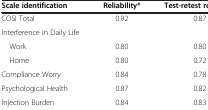
| Scale identification | Reliability* | Test-retest reliability |
 | --- | --- | --- |
 | COSI Total | 0.92 | 0.87 |
 | Interference in Daily Life |  |  |
 | Work | 0.80 | 0.80 |
 | Home | 0.80 | 0.72 |
 | Compliance Worry | 0.84 | 0.78 |
 | Psychological Health | 0.87 | 0.82 |
 | Injection Burden | 0.84 | 0.83 |